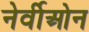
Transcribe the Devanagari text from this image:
नेर्वीओन